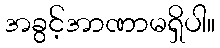
အခွင့်အာဏာမရှိပါ။